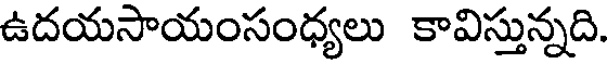
ఉదయసాయంసంధ్యలు కావిస్తున్నది.